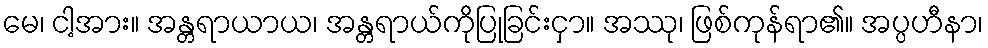
မေ၊ ငါ့အား။ အန္တရာယာယ၊ အန္တရာယ်ကိုပြုခြင်းငှာ။ အဿု၊ ဖြစ်ကုန်ရာ၏။ အပ္ပဟီနာ၊